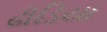
ઢૉડિયા